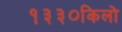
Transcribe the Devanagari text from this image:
१३३०किलो